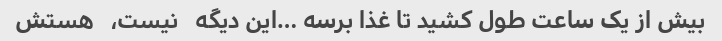
بیش از یک ساعت طول کشید تا غذا برسه …این دیگه   نیست،   هستش